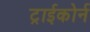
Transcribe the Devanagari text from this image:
ट्राईकोर्न